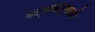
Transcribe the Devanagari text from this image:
गद्यकर्ताओं